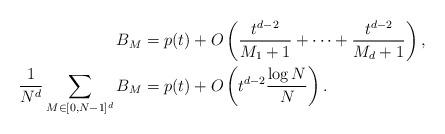
LaTeX: \begin{align*}B_M &= p(t) + O \left( \frac{t^{d-2}}{M_1 +1} + \cdots + \frac{t^{d-2}}{M_d +1} \right) , \\ \frac{1}{N^d} \sum_{M \in [0,N-1]^d} B_M &= p(t) + O \left( t^{d-2} \frac{\log N}{N} \right) .\end{align*}